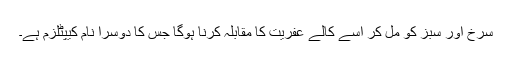
سرخ اور سبز کو مل کر اسے کالے عفریت کا مقابلہ کرنا ہوگا جس کا دوسرا نام کیپٹلزم ہے۔